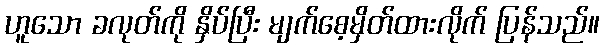
ဟူသော ခလုတ်ကို နှိပ်ပြီး မျက်စေ့မှိတ်ထားလိုက် ပြန်သည်။